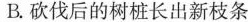
B.砍伐后的树桩长出新枝条